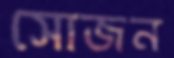
সোজন